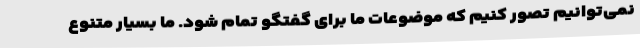
نمی‌توانیم تصور کنیم که موضوعات ما برای گفتگو تمام شود. ما بسیار متنوع